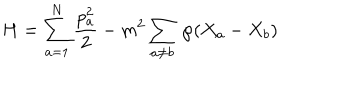
H = \sum _ { a = 1 } ^ { N } \frac { p _ { a } ^ { 2 } } { 2 } - m ^ { 2 } \sum _ { a \neq b } \, { \wp } ( X _ { a } - X _ { b } )